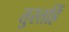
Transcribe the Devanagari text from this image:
तुरतहिं